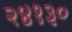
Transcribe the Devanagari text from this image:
२४१३०